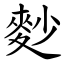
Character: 麨